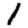
Digit: 1